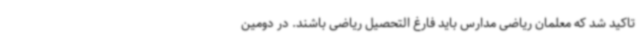
تاکید شد که معلمان ریاضی مدارس باید فارغ التحصیل ریاضی باشند. در دومین